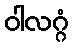
ဝါလဂ္ဂံ